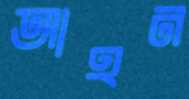
আহন